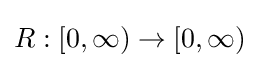
R:[0,\infty )\to [0,\infty )